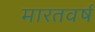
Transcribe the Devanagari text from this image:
मारतवर्ष